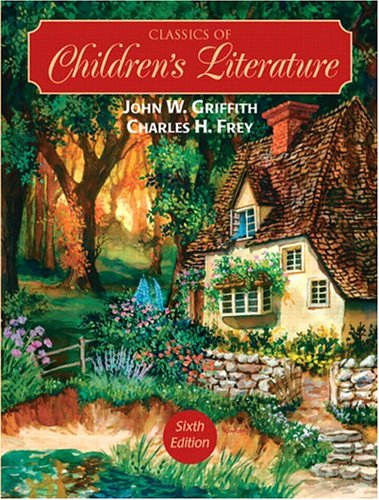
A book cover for Classics of Children's Literature (6th Edition); Children's Books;